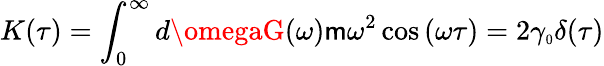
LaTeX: K(\tau)=\int_{0}^{\infty}d\omegaG(\omega)\mathsf{m}\omega^{2}\cos{(\omega\tau)}=2\gamma_{\scriptscriptstyle0}\delta(\tau)